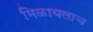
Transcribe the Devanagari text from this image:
मिळायलाच